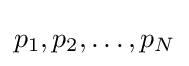
p_{1},p_{2},\dots ,p_{N}